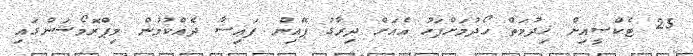
25 ޓެކްސީއިން ޚިދުމަތް ހޯދުމަށްފަހު އެއަށް ދިރާގު ޕޭއިން ފައިސާ ދެއްކުމުން މިޕްރޮމޯޝަންގައި